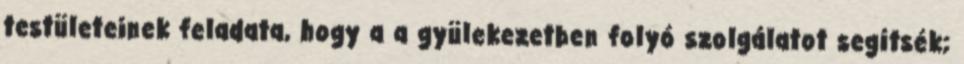
testületeinek feladata, hogy a a gyülekezetben folyó szolgálatot segítsék;